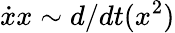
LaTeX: \dot{x}x\sim d/dt(x^{2})